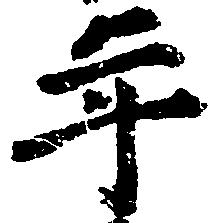
年